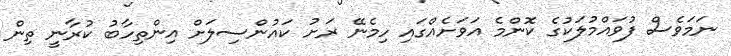
ނަމަވެސް ފުވައްމުލަކުގެ ކޮންމެ އަވަށެއްގައި ހިމެނޭ ރަށު ކައުންސިލަށް އިންތިހާބު ކުރާނީ ތިން